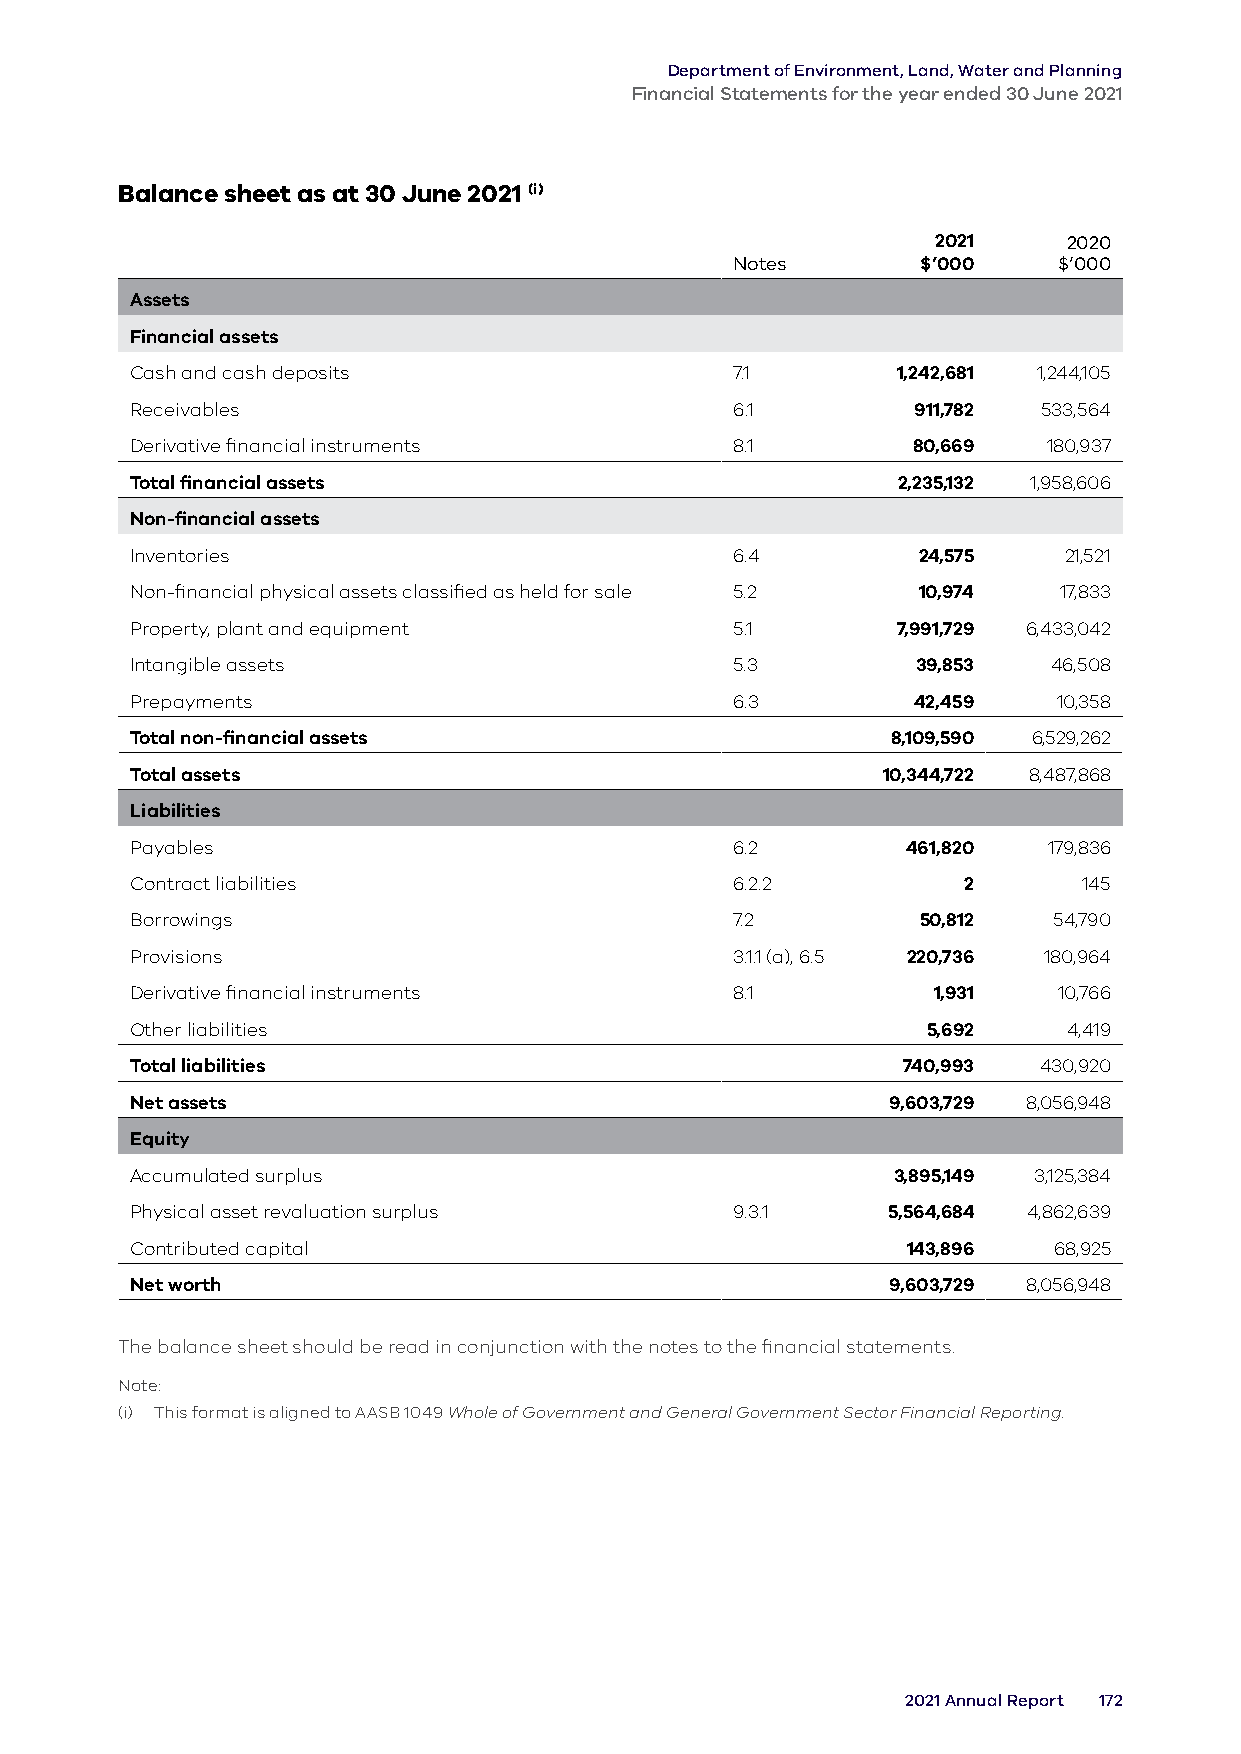
Department of Environment, Land, Water and Planning
 Financial Statements for the year ended 30 June 2021
 Balance sheet as at 30 June 2021 (i)
 2021     2020
 Notes       $’000    $’000
 Assets
 Financial assets
 Cash and cash deposits                  7.1       1,242,681 1,244,105
 Receivables                             6.1         911,782 533,564
 Derivative financial instruments        8.1        80,669   180,937
 Total financial assets                            2,235,132 1,958,606
 Non-financial assets
 Inventories                             6.4         24,575   21,521
 Non-financial physical assets classified as held for sale 5.2 10,974 17,833
 Property, plant and equipment           5.1       7,991,729 6,433,042
 Intangible assets                       5.3         39,853   46,508
 Prepayments                             6.3        42,459    10,358
 Total non-financial assets                        8,109,590 6,529,262
 Total assets                                     10,344,722 8,487,868
 Liabilities
 Payables                                6.2        461,820  179,836
 Contract liabilities                    6.2.2          2       145
 Borrowings                              7.2         50,812   54,790
 Provisions                              3.1.1 (a), 6.5 220,736 180,964
 Derivative financial instruments        8.1          1,931   10,766
 Other liabilities                                   5,692     4,419
 Total liabilities                                  740,993  430,920
 Net assets                                        9,603,729 8,056,948
 Equity
 Accumulated surplus                               3,895,149 3,125,384
 Physical asset revaluation surplus      9.3.1     5,564,684 4,862,639
 Contributed capital                                143,896   68,925
 Net worth                                         9,603,729 8,056,948
 The balance sheet should be read in conjunction with the notes to the financial statements.
 Note:
 (i) This format is aligned to AASB 1049 Whole of Government and General Government Sector Financial Reporting.
 2021 Annual Report 172